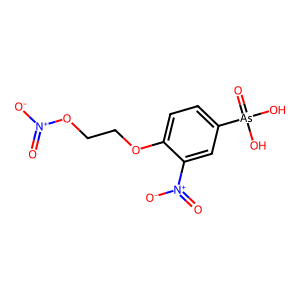
SMILES: O=[N+]([O-])OCCOc1ccc([As](=O)(O)O)cc1[N+](=O)[O-]
Inhibits HIV replication: No